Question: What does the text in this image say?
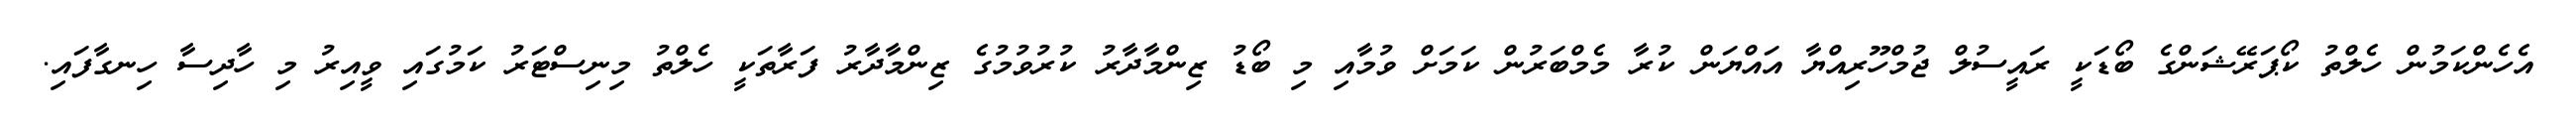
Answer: އެހެންކަމުން ހެލްތު ކޯޕަރޭޝަންގެ ބޯޑަކީ ރައީސުލް ޖުމްހޫރިއްޔާ އައްޔަން ކުރާ މެމްބަރުން ކަމަށް ވުމާއި މި ބޯޑު ޒިންމާދާރު ކުރުވުމުގެ ޒިންމާދާރު ފަރާތަކީ ހެލްތު މިނިސްޓަރު ކަމުގައި ވީއިރު މި ހާދިސާ ހިނގާފައި.